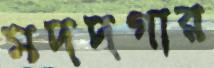
মদদগার